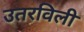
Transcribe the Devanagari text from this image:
उतरविली